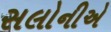
સલોનીએ